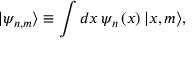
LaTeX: | \psi _ { n , m } \rangle \equiv \int d x \, \psi _ { n } \left( x \right) | x , m \rangle ,